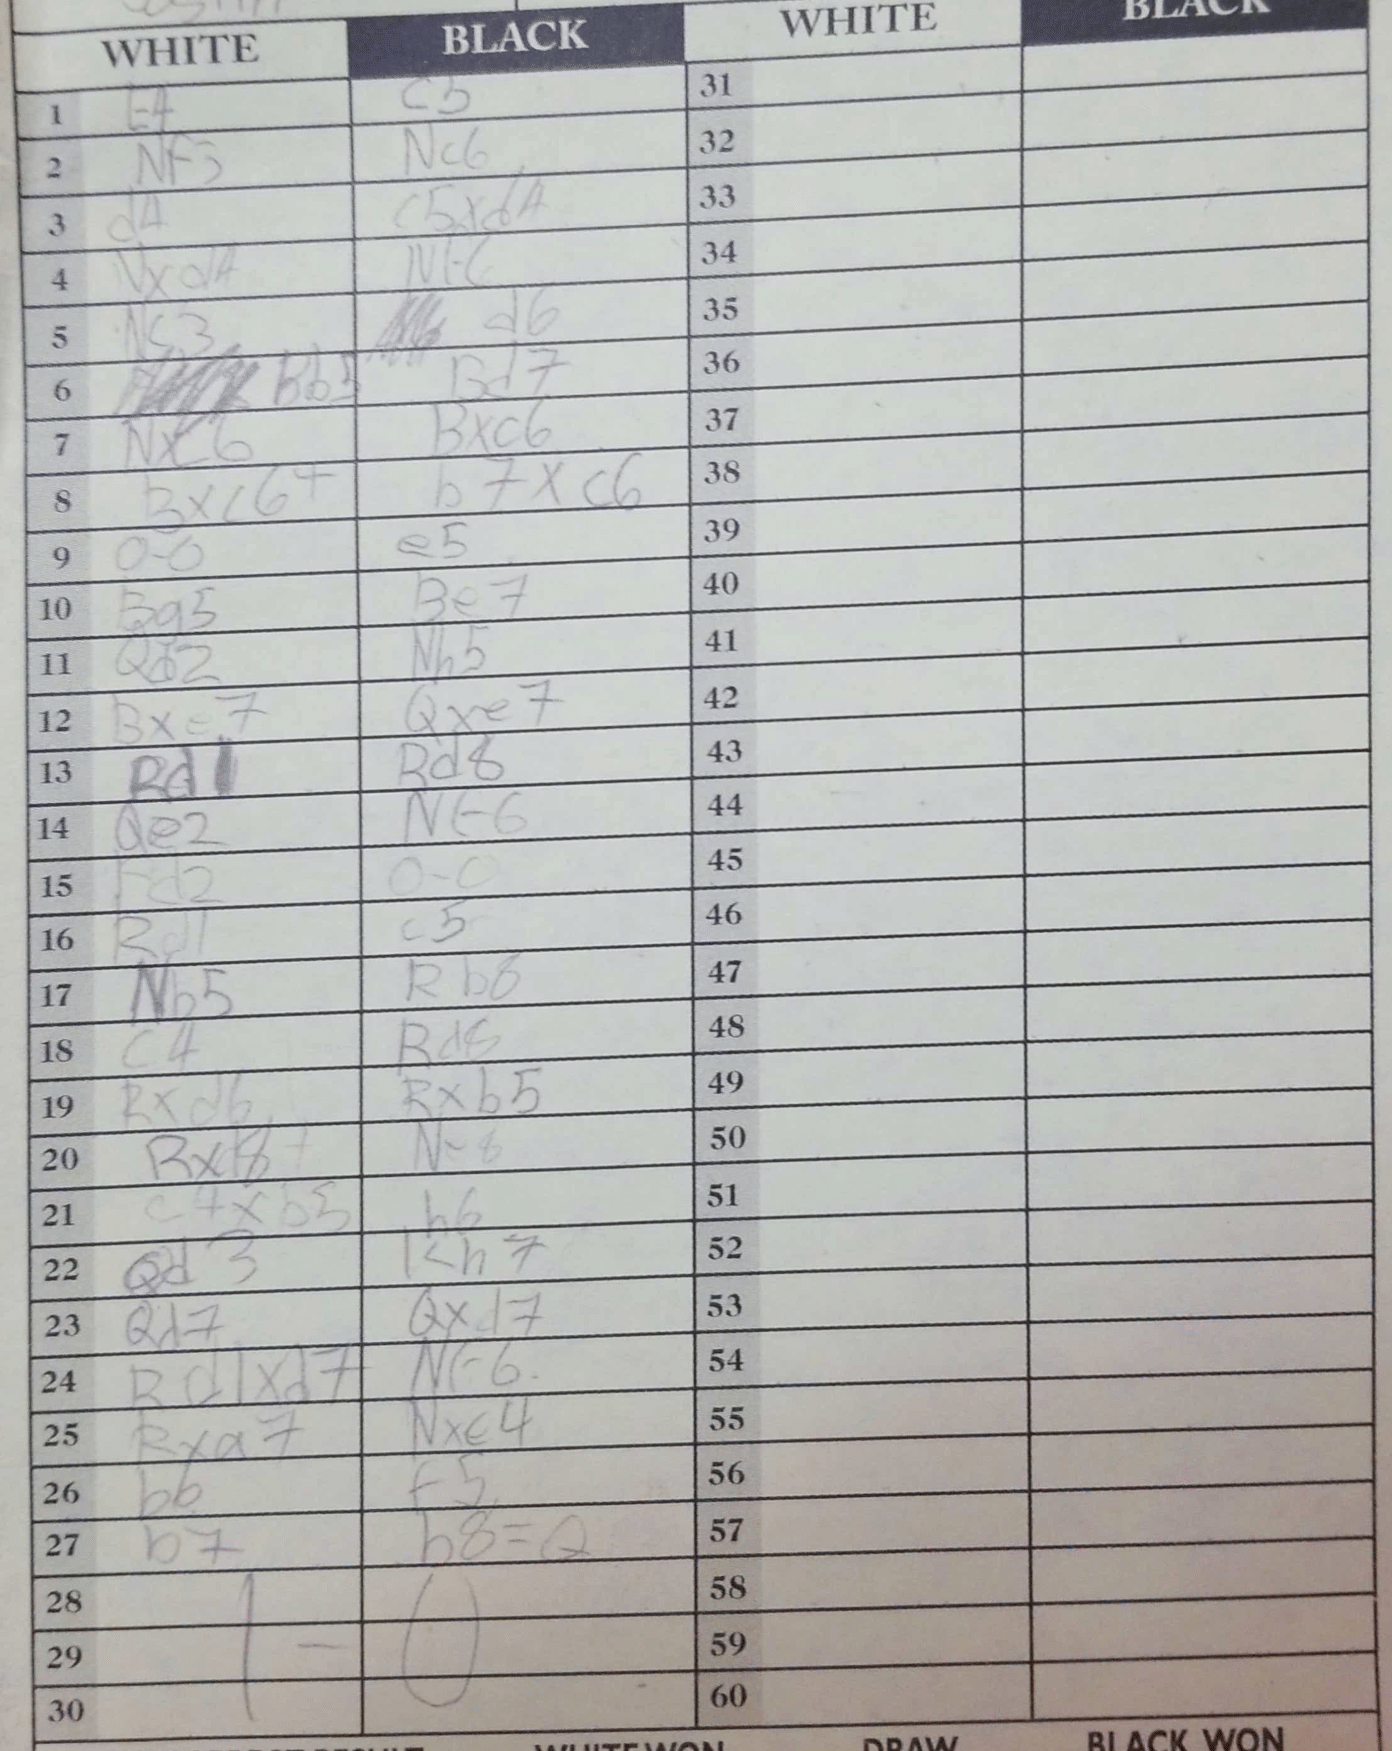
Moves: e4 c5 Nf3 Nc6 d4 cxd4 Nxd4 Nf6 Nc3 d6 Bb5 Bd7 Nxc6 Bxc6 Bxc6+ bxc6 O-O e5 Bg5 Be7 Qd2 Nh5 Bxe7 Qxe7 Rd1 Rd8 Qe2 Nf6 Rd2 O-O Rd1 c5 Nb5 Rb8 c4 Rd8 Rxd6 Rxb5 Rxd8+ Ne8 c4xb5 h6 Qd3 Kh7 Qd7 Qxd7 Rd1xd7 Nf6 Rxa7 Nxe4 b6 f5 b7 b8=Q